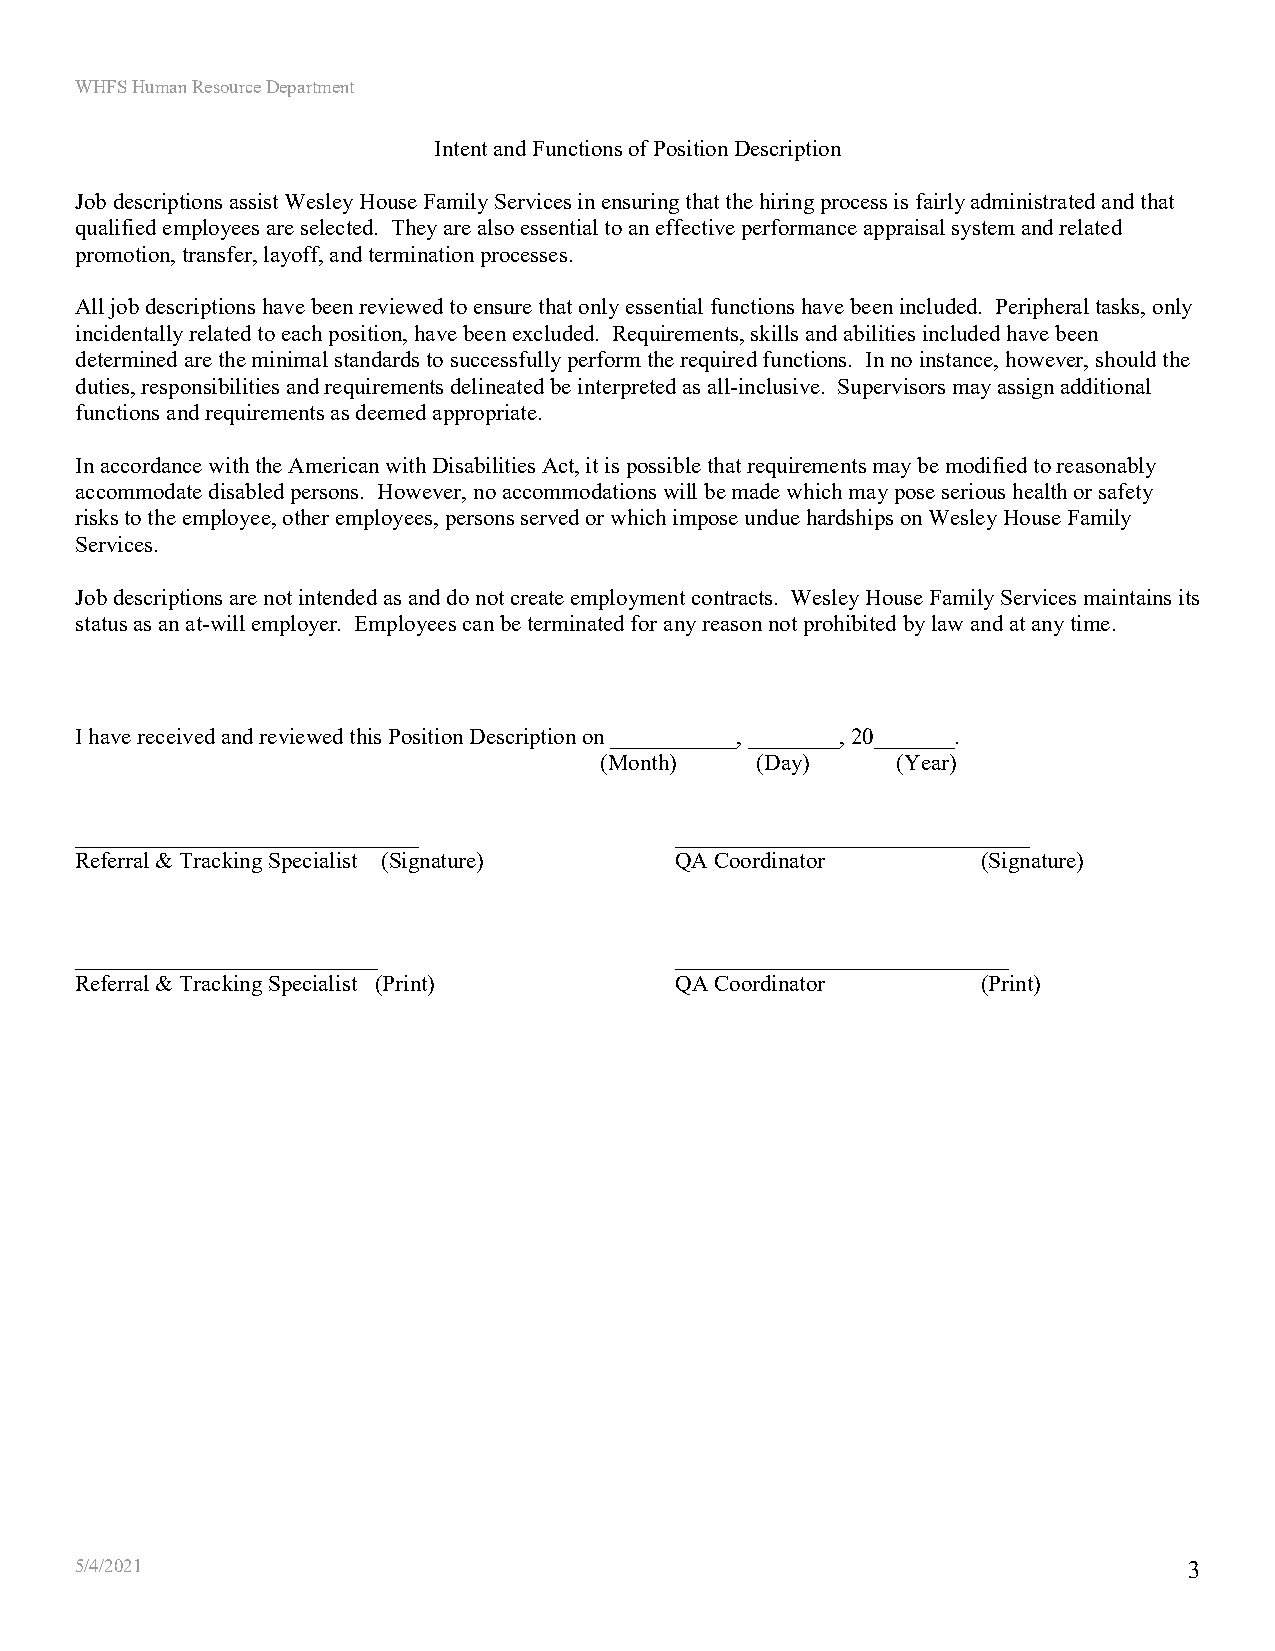
WHFS Human Resource Department
 Intent and Functions of Position Description
 Job descriptions assist Wesley House Family Services in ensuring that the hiring process is fairly administrated and that
 qualified employees are selected. They are also essential to an effective performance appraisal system and related
 promotion, transfer, layoff, and termination processes.
 All job descriptions have been reviewed to ensure that only essential functions have been included. Peripheral tasks, only
 incidentally related to each position, have been excluded. Requirements, skills and abilities included have been
 determined are the minimal standards to successfully perform the required functions. In no instance, however, should the
 duties, responsibilities and requirements delineated be interpreted as all-inclusive. Supervisors may assign additional
 functions and requirements as deemed appropriate.
 In accordance with the American with Disabilities Act, it is possible that requirements may be modified to reasonably
 accommodate disabled persons. However, no accommodations will be made which may pose serious health or safety
 risks to the employee, other employees, persons served or which impose undue hardships on Wesley House Family
 Services.
 Job descriptions are not intended as and do not create employment contracts. Wesley House Family Services maintains its
 status as an at-will employer. Employees can be terminated for any reason not prohibited by law and at any time.
 I have received and reviewed this Position Description on ___________, ________, 20_______.
 (Month)   (Day)    (Year)
 _________________________________       __________________________________
 Referral & Tracking Specialist (Signature) QA Coordinator   (Signature)
 _____________________________           ________________________________
 Referral & Tracking Specialist (Print)  QA Coordinator      (Print)
 5/4/2021                                                                  3